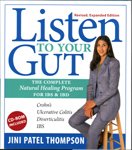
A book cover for Listen to Your Gut: The Complete Natural Healing Program for IBS & IBD, Revised Edition; Jini Patel Thompson; Health, Fitness & Dieting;